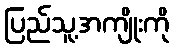
ပြည်သူ့အကျိုးကို